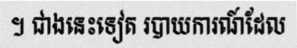
។ ជាងនេះទៀត របាយការណ៍ដែល